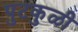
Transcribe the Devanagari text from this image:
पुटकुळी